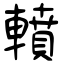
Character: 轒